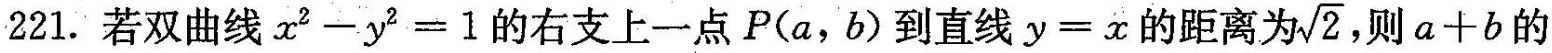
221.若双曲线$$x ^ { 2 } - y ^ { 2 } = 1$$的右支上一点P(a，b)到直线$$y = x $$的距离为\sqrt{2} 则a+b的